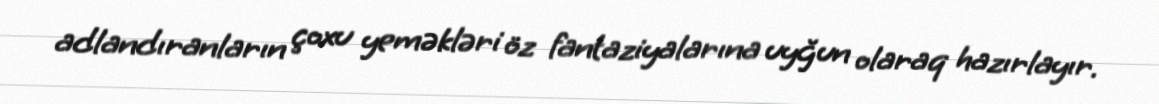
adlandıranların çoxu yeməkləri öz fantaziyalarına uyğun olaraq hazırlayır.